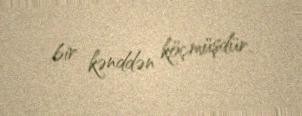
bir kənddən köçmüşdür.